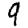
Digit: 9